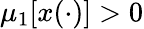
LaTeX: \mu_{1}\lbrack x(\cdot)\rbrack>0